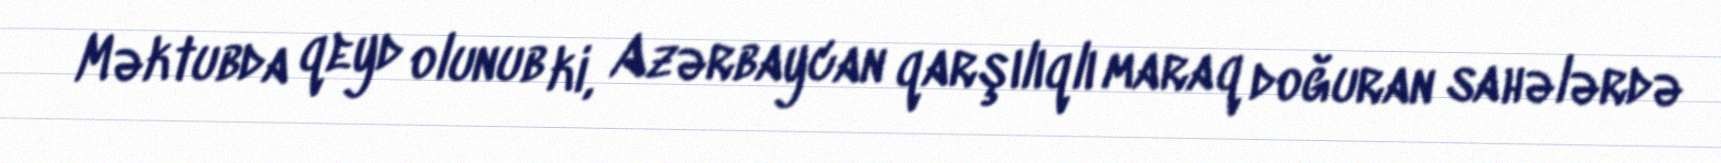
Məktubda qeyd olunub ki, Azərbaycan qarşılıqlı maraq doğuran sahələrdə